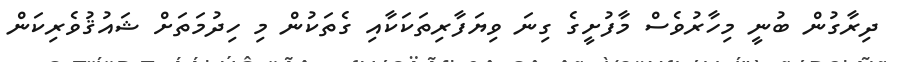
ދިރާގުން ބުނީ މިހާރުވެސް މާފުށީގެ ގިނަ ވިޔަފާރިތަކަކާއި ގެތަކުން މި ހިދުމަތަށް ޝައުޤުވެރިކަން